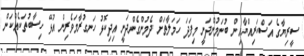
ސީރިޔާގެ އަސްކަރިއްޔާއިން ބުނަމުންދަނީ މިފަދަ ހަމަލާތަށް ދެމުންގެންދަނީ އިދިކޮޅު ހަނގުރާމަވެރިން އުޅޭ ހިސާބުތަކެއްކަން